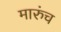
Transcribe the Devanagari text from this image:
मारुंच